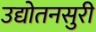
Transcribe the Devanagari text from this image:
उद्योतनसुरी